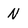
Character: N